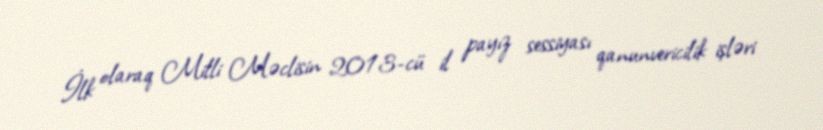
İlk olaraq Milli Məclisin 2013-cü il payız sessiyası qanunvericilik işləri